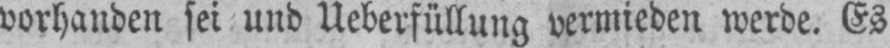
vorhanden sei und Ueberfüllung vermieden werde. Es